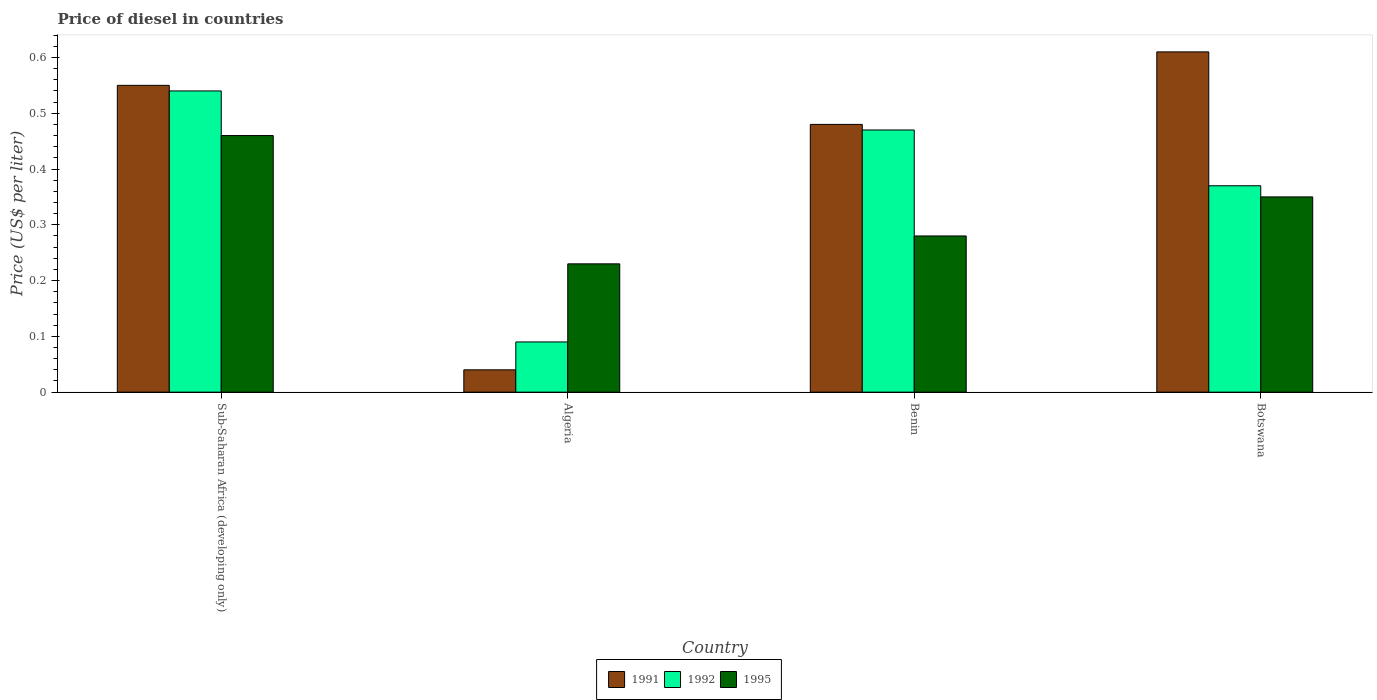
| Country | 1991 | 1992 | 1995 |
 | --- | --- | --- | --- |
 | Sub-Saharan Africa (developing only) | 0.55 | 0.54 | 0.46 |
 | Algeria | 0.04 | 0.09 | 0.23 |
 | Benin | 0.48 | 0.47 | 0.28 |
 | Botswana | 0.61 | 0.37 | 0.35 |